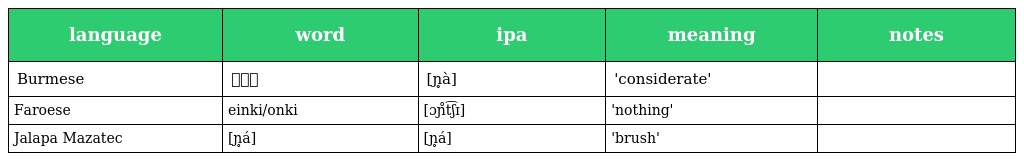
| language | word | ipa | meaning | notes |
 | --- | --- | --- | --- | --- |
 | Burmese | ညှာ | [ɲ̥à] | 'considerate' |  |
 | Faroese | einki/onki | [ɔɲ̊t͡ʃɪ] | 'nothing' |  |
 | Jalapa Mazatec | [ɲ̥á] | [ɲ̥á] | 'brush' |  |